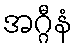
အဂ္ဂီနံ